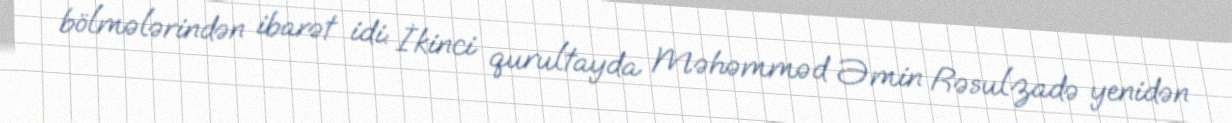
bölmələrindən ibarət idi: İkinci qurultayda Məhəmməd Əmin Rəsulzadə yenidən